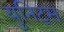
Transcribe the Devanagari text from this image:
युनिट्स